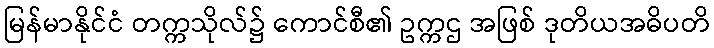
မြန်မာနိုင်ငံ တက္ကသိုလ်၌ ကောင်စီ၏ ဥက္ကဌ အဖြစ် ဒုတိယအဓိပတိ